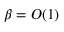
\beta = O ( 1 )